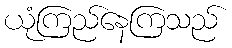
ယုံကြည်နေကြသည်